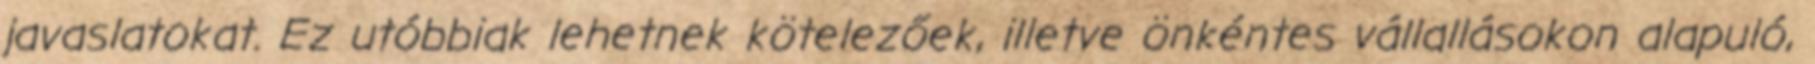
javaslatokat. Ez utóbbiak lehetnek kötelezőek, illetve önkéntes vállallásokon alapuló,